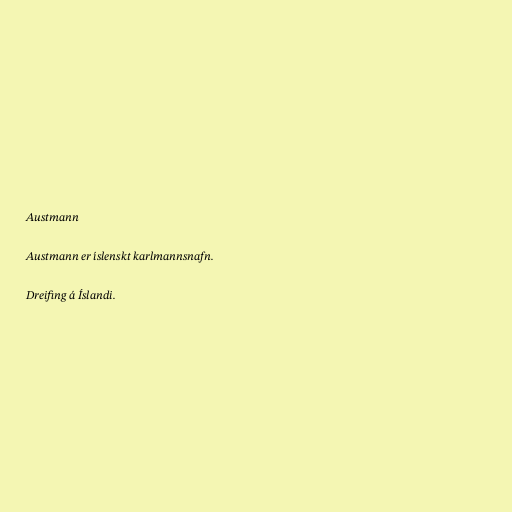
Austmann

Austmann er íslenskt karlmannsnafn.

Dreifing á Íslandi.